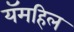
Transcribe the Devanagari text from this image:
यॅमहिल